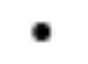
.